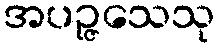
အပဉ္ဇသေသု